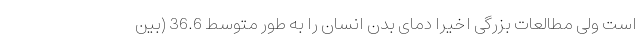
است ولی مطالعات بزرگی اخیرا دمای بدن انسان را به طور متوسط 36.6 (بین